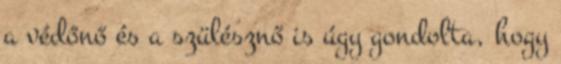
a védőnő és a szülésznő is úgy gondolta, hogy